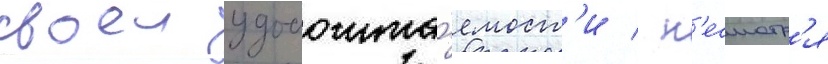
своеи удобочита́емост'и / н'есмотр'я